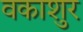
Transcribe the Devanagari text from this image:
वकाशुर